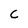
Character: C